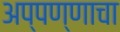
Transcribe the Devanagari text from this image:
अप्पण्णाचा